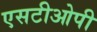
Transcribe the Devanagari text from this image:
एसटीओपी